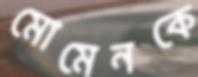
মোমেনকে